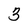
Character: 3